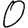
Digit: 0